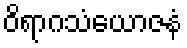
ဝိရာဂသံယောဇနံ